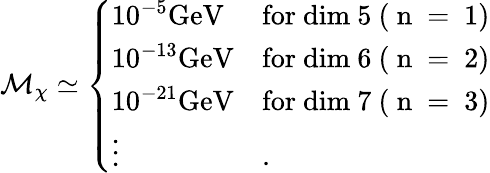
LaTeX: \mathcal{M}_{\chi}\simeq\left\{ \begin{array}{ll}{{10^{-5}\mathrm{{GeV}}}}&{{\mathrm{for~dim~5~(~n~=~1)}}}\\ {{10^{-13}\mathrm{{GeV}}}}&{{\mathrm{for~dim~6~(~n~=~2)}}}\\ {{10^{-21}\mathrm{{GeV}}}}&{{\mathrm{for~dim~7~(~n~=~3)}}}\\ {{\vdots}}&{{.}}\end{array}\right.